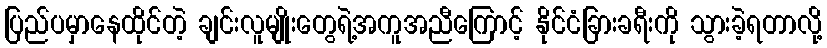
ပြည်ပမှာနေထိုင်တဲ့ ချင်းလူမျိုးတွေရဲ့အကူအညီကြောင့် နိုင်ငံခြားခရီးကို သွားခဲ့ရတာလို့